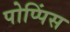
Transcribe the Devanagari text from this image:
पोप्पिंस